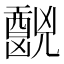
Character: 𫤧